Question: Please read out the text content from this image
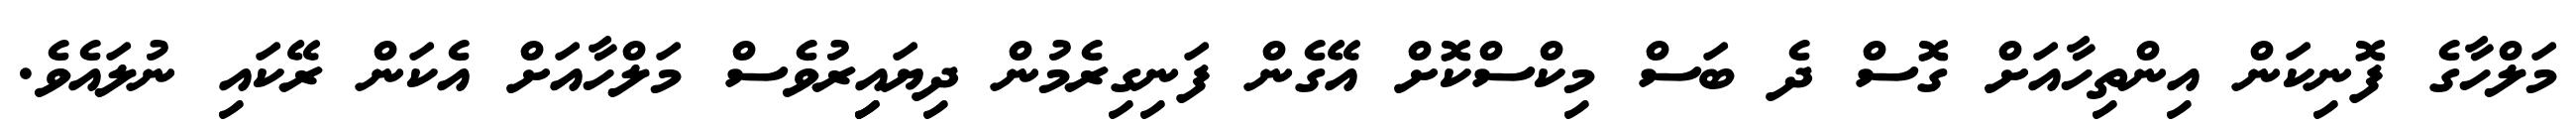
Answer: މަލްހާގެ ފޮނިކަން އިންތިހާއަށް ގޮސް ދެ ބަސް މިކްސްކޮށް އޭގެން ފަނިގިރެމުން ދިޔައިިރުވެސް މަލްހާއަށް އެކަން ރޭކައި ނުލައެވެ.